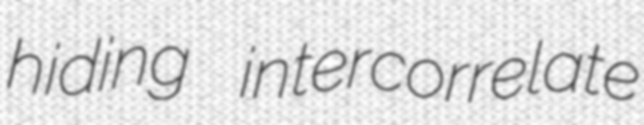
hiding intercorrelate